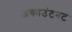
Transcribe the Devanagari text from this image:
अकाउंटनट